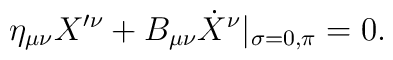
\eta _{\mu \nu }X'^\nu + B_{\mu \nu } \dot{X}^\nu |_{\sigma =0,\pi }=0.